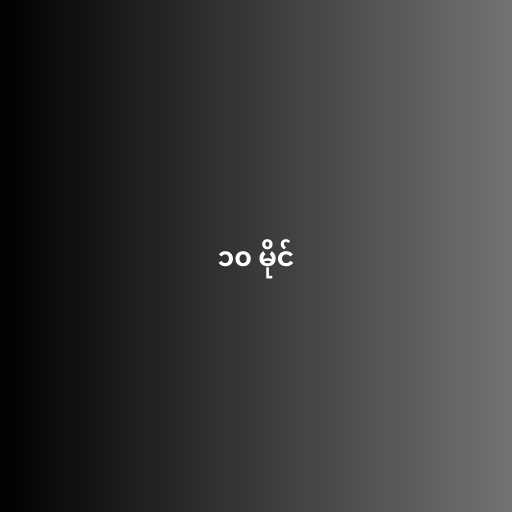
၁၀ မိုင်